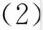
(2)